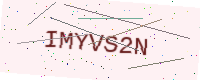
Text: IMYVS2N